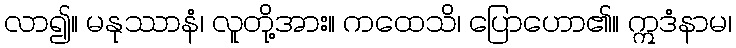
လာ၍။ မနုဿာနံ၊ လူတို့အား။ ကထေသိ၊ ပြောဟော၏။ ဣဒံနာမ၊